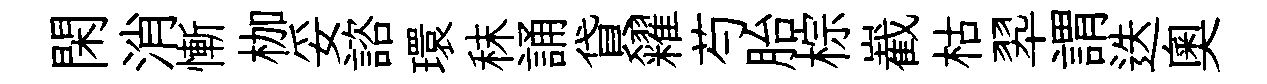
閑消慚枷妥諮環秣誦貸糴芍胎棕嶻枯翆謂迭奥